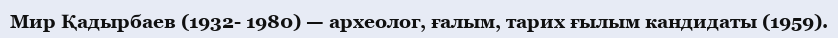
Мир Қадырбаев (1932- 1980) — археолог, ғалым, тарих ғылым кандидаты (1959).